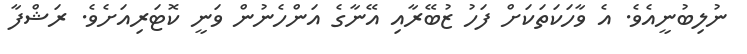
ނުލިބުނީއެވެ. އެ ވާހަކަތަކަށް ފަހު ޒުބޭރާއި އޭނާގެ އަންހެނުން ވަނީ ކޮޓަރިއަށެވެ. ރަޝްފާ